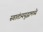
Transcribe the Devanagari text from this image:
स्वातंत्र्ययुद्धामध्ये